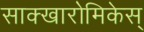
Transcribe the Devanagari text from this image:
साक्खारोमिकेस्